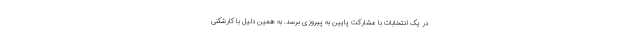
در یک انتخابات با مشارکت پایین به پیروزی برسد. به همین دلیل با کارشکنی